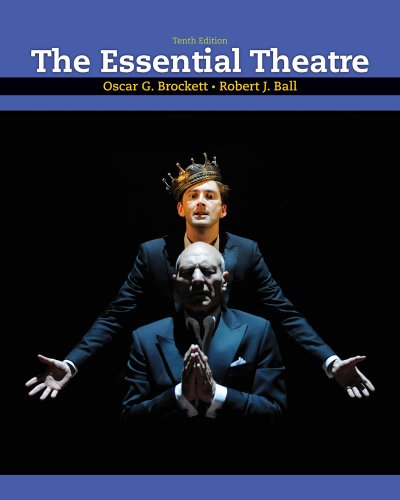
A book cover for The Essential Theatre; Oscar G. Brockett; Literature & Fiction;